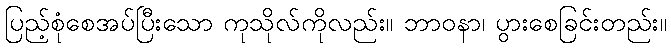
ပြည့်စုံစေအပ်ပြီးသော ကုသိုလ်ကိုလည်း။ ဘာဝနာ၊ ပွားစေခြင်းတည်း။